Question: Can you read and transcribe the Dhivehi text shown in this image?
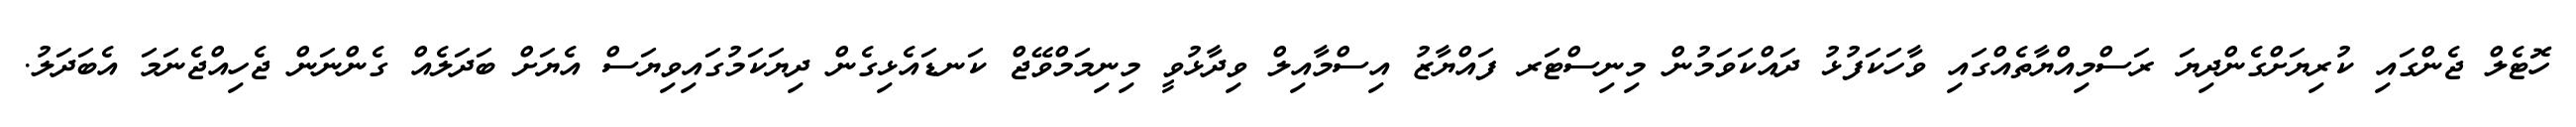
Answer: ހޮޓެލް ޖެންގައި ކުރިޔަށްގެންދިޔަ ރަސްމިއްޔާތެއްގައި ވާހަކަފުޅު ދައްކަވަމުން މިނިސްޓަރ ފައްޔާޒު އިސްމާއިލް ވިދާޅުވީ މިނިމަމްވޭޖް ކަނޑައެޅިގެން ދިޔަކަމުގައިވިޔަސް އެޔަށް ބަދަލެއް ގެންނަން ޖެހިއްޖެނަމަ އެބަދަލު.